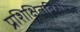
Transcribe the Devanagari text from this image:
प्रशिक्षितविशेषज्ञ